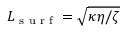
L _ { \footnotesize { \mathrm { ~ s ~ u ~ r ~ f ~ } } } = \sqrt { { \kappa \eta } / { \zeta } }